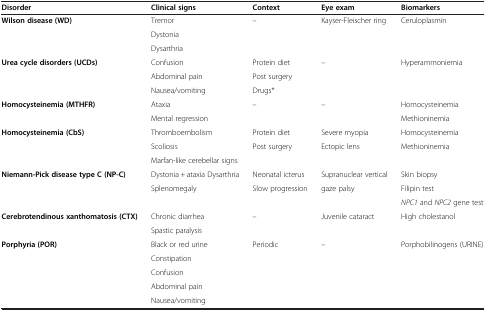
<table><thead><tr><td><b>Disorder</b></td><td><b>Clinical signs</b></td><td><b>Context</b></td><td><b>Eye exam</b></td><td><b>Biomarkers</b></td></tr></thead><tbody><tr><td rowspan="3"><b>Wilson disease (WD)</b></td><td>Tremor</td><td rowspan="3">–</td><td rowspan="3">Kayser-Fleischer ring</td><td rowspan="3">Ceruloplasmin</td></tr><tr><td>Dystonia</td></tr><tr><td>Dysarthria</td></tr><tr><td rowspan="3"><b>Urea cycle disorders (UCDs)</b></td><td>Confusion</td><td>Protein diet</td><td rowspan="3">–</td><td rowspan="3">Hyperammoniemia</td></tr><tr><td>Abdominal pain</td><td>Post surgery</td></tr><tr><td>Nausea/vomiting</td><td>Drugs*</td></tr><tr><td rowspan="2"><b>Homocysteinemia (MTHFR)</b></td><td>Ataxia</td><td>–</td><td>–</td><td>Homocysteinemia</td></tr><tr><td>Mental regression</td><td> </td><td> </td><td>Methioninemia</td></tr><tr><td rowspan="3"><b>Homocysteinemia (CbS)</b></td><td>Thromboembolism</td><td>Protein diet</td><td>Severe myopia</td><td>Homocysteinemia</td></tr><tr><td>Scoliosis</td><td rowspan="2">Post surgery</td><td rowspan="2">Ectopic lens</td><td rowspan="2">Methioninemia</td></tr><tr><td>Marfan-like cerebellar signs</td></tr><tr><td rowspan="3"><b>Niemann-Pick disease type C (NP-C)</b></td><td>Dystonia + ataxia Dysarthria</td><td>Neonatal icterus</td><td>Supranuclear vertical</td><td>Skin biopsy</td></tr><tr><td rowspan="2">Splenomegaly</td><td rowspan="2">Slow progression</td><td rowspan="2">gaze palsy</td><td>Filipin test</td></tr><tr><td><i>NPC1</i> and <i>NPC2</i> gene test</td></tr><tr><td rowspan="2"><b>Cerebrotendinous xanthomatosis (CTX)</b></td><td>Chronic diarrhea</td><td rowspan="2">–</td><td rowspan="2">Juvenile cataract</td><td rowspan="2">High cholestanol</td></tr><tr><td>Spastic paralysis</td></tr><tr><td rowspan="5"><b>Porphyria (POR)</b></td><td>Black or red urine</td><td rowspan="5">Periodic</td><td rowspan="5">–</td><td rowspan="5">Porphobilinogens (URINE)</td></tr><tr><td>Constipation</td></tr><tr><td>Confusion</td></tr><tr><td>Abdominal pain</td></tr><tr><td>Nausea/vomiting</td></tr></tbody></table>